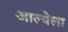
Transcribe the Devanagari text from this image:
आल्येला